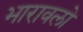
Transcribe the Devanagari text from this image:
भारावलो